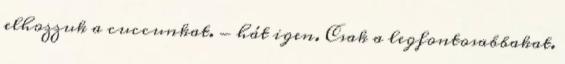
elhozzuk a cuccunkat. - hát igen. Csak a legfontosabbakat.